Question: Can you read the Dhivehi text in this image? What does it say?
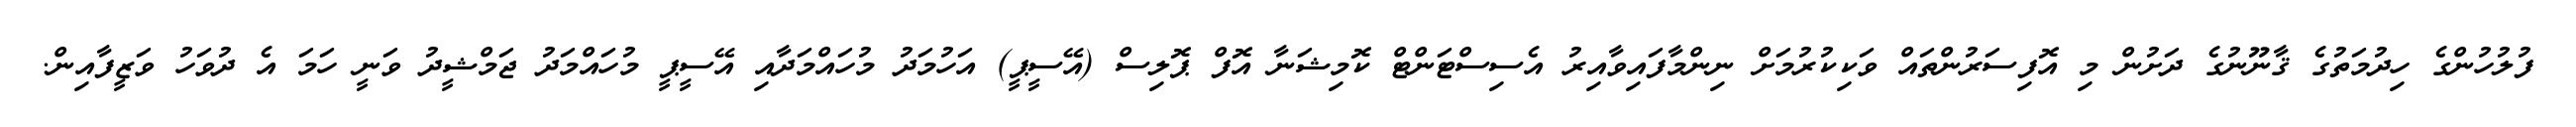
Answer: ފުލުހުންގެ ހިދުމަތުގެ ޤާނޫނުގެ ދަށުން މި އޮފިސަރުންތައް ވަކިކުރުމަށް ނިންމާފައިވާއިރު އެސިސްޓަންޓް ކޮމިޝަނާ އޮފް ޕޮލިސް (އޭސީޕީ) އަހުމަދު މުހައްމަދާއި އޭސީޕީ މުހައްމަދު ޖަމްޝީދު ވަނީ ހަމަ އެ ދުވަހު ވަޒީފާއިން.